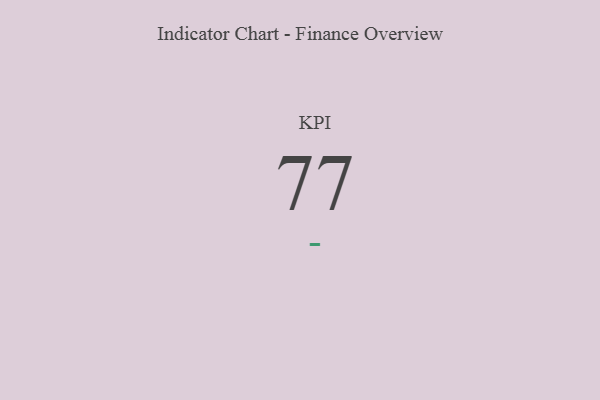
{"axis": {"x": "KPI", "y": "Value"}, "legend": [""], "data": [{"x": "KPI", "y": 77, "type": ""}]}